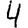
Digit: 4